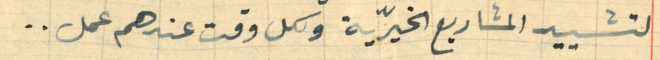
لتشييد المشاريع الخيرّية ولكل وقت عندهم عمل ..